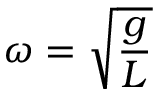
\omega = { \sqrt { \frac { g } { L } } }